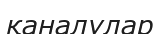
қаналулар